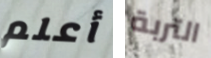
أعلم التربة